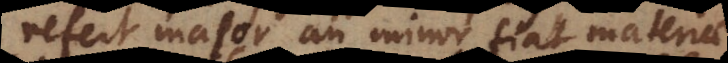
refert major an minor fiat materiae